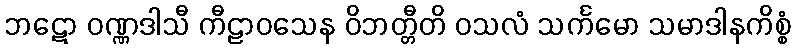
ဘဋော ဝဏ္ဏဒါသီ ကီဠာဝသေန ဝိဘတ္တီတိ ဝသလံ သင်္ကမော သမာဒါနကိစ္စံ